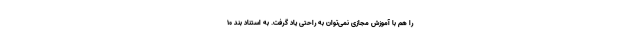
را هم با آموزش مجازی نمی‌توان به راحتی یاد گرفت. به استناد بند ۱۰